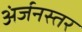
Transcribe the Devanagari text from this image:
अंर्जनस्तर